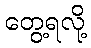
တွေ့ရလို့